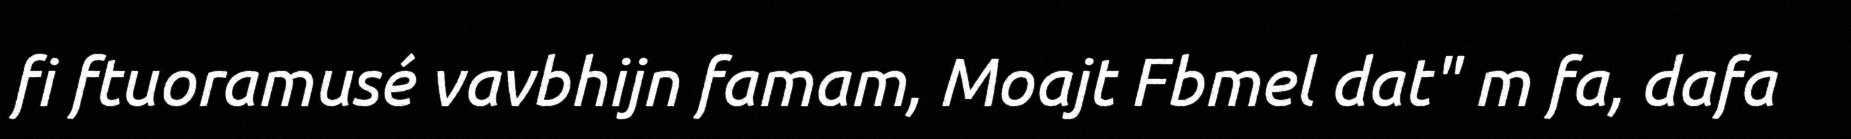
fi ftuoramusé vavbhijn famam, Moajt Fbmel dat" m fa, dafa